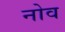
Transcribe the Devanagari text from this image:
नोव